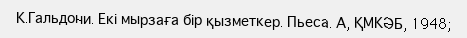
К.Гальдони. Екі мырзаға бір қызметкер. Пьеса. А, ҚМКӘБ, 1948;